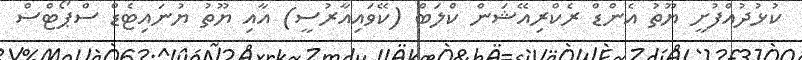
ކުޅުދުއްފުށީ ޔޫތު އެންޑް ރެކްރިއޭޝަން ކްލަބް (ކޭވައިއާރުސީ) އާއި ޔޫތު ޔުނައިޓެޑް ސްޕޯޓްސް